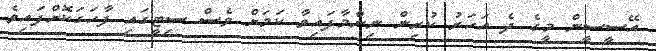
އޭސީސީން މީގެ ދެ އަހަރު ކުރިން ނިންމާފައިވާ ކަމަށް ވެސް ސިޓީގައި ފާހަގަކޮށްފައިވެ